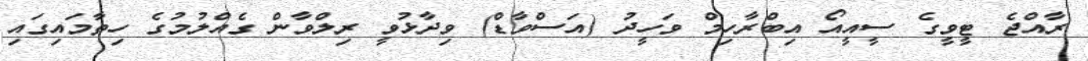
ރާއްޖެ ޓީވީގެ ސީއީއޯ އިބްރާހިމް ވަހީދު (އަސްވާޑް) ވިދާޅުވީ ރިލްވާން ގެއްލުމުގެ ހިތާމައިގައި